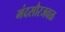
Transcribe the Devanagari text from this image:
मंदसौरजवळ